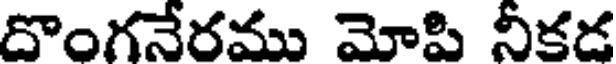
దొంగనేరము మోపి నీకడ